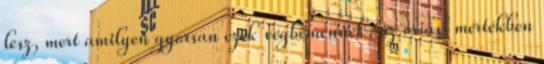
lesz, mert amilyen gyorsan ezek végbemennek, az óriási mértékben